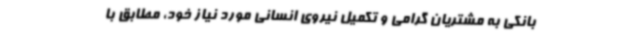
بانکی به مشتریان گرامی و تکمیل نیروی انسانی مورد نیاز خود، مطابق با